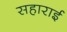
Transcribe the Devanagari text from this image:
सहाराई